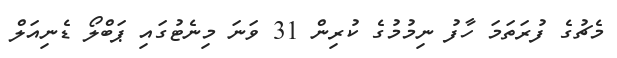
މެޗުގެ ފުރަތަމަ ހާފު ނިމުމުގެ ކުރިން 31 ވަނަ މިނެޓުގައި ޕަބްލޯ ޑެނިއަލް